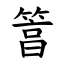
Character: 䈞